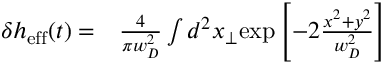
\begin{array} { r l } { \delta h _ { \mathrm { e f f } } ( t ) = } & { { } \frac { 4 } { \pi w _ { D } ^ { 2 } } \int d ^ { 2 } x _ { \perp } \mathrm { e x p } \left[ - 2 \frac { x ^ { 2 } + y ^ { 2 } } { w _ { D } ^ { 2 } } \right] } \end{array}